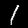
Digit: 1